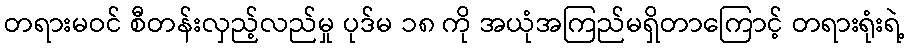
တရားမဝင် စီတန်းလှည့်လည်မှု ပုဒ်မ ၁၈ ကို အယုံအကြည်မရှိတာကြောင့် တရားရုံးရဲ့